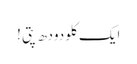
ایک کلو دودھ پتی !